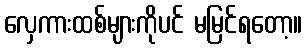
လှေကားထစ်များကိုပင် မမြင်ရတော့။